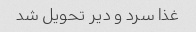
غذا سرد و دیر تحویل شد